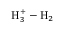
\mathrm { H } _ { 3 } ^ { + } - \mathrm { H } _ { 2 }